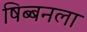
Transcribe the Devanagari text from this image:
षिब्बनला